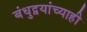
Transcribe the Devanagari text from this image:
बंधुद्वयांच्याही